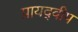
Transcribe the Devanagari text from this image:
प्रायद्‍वीप